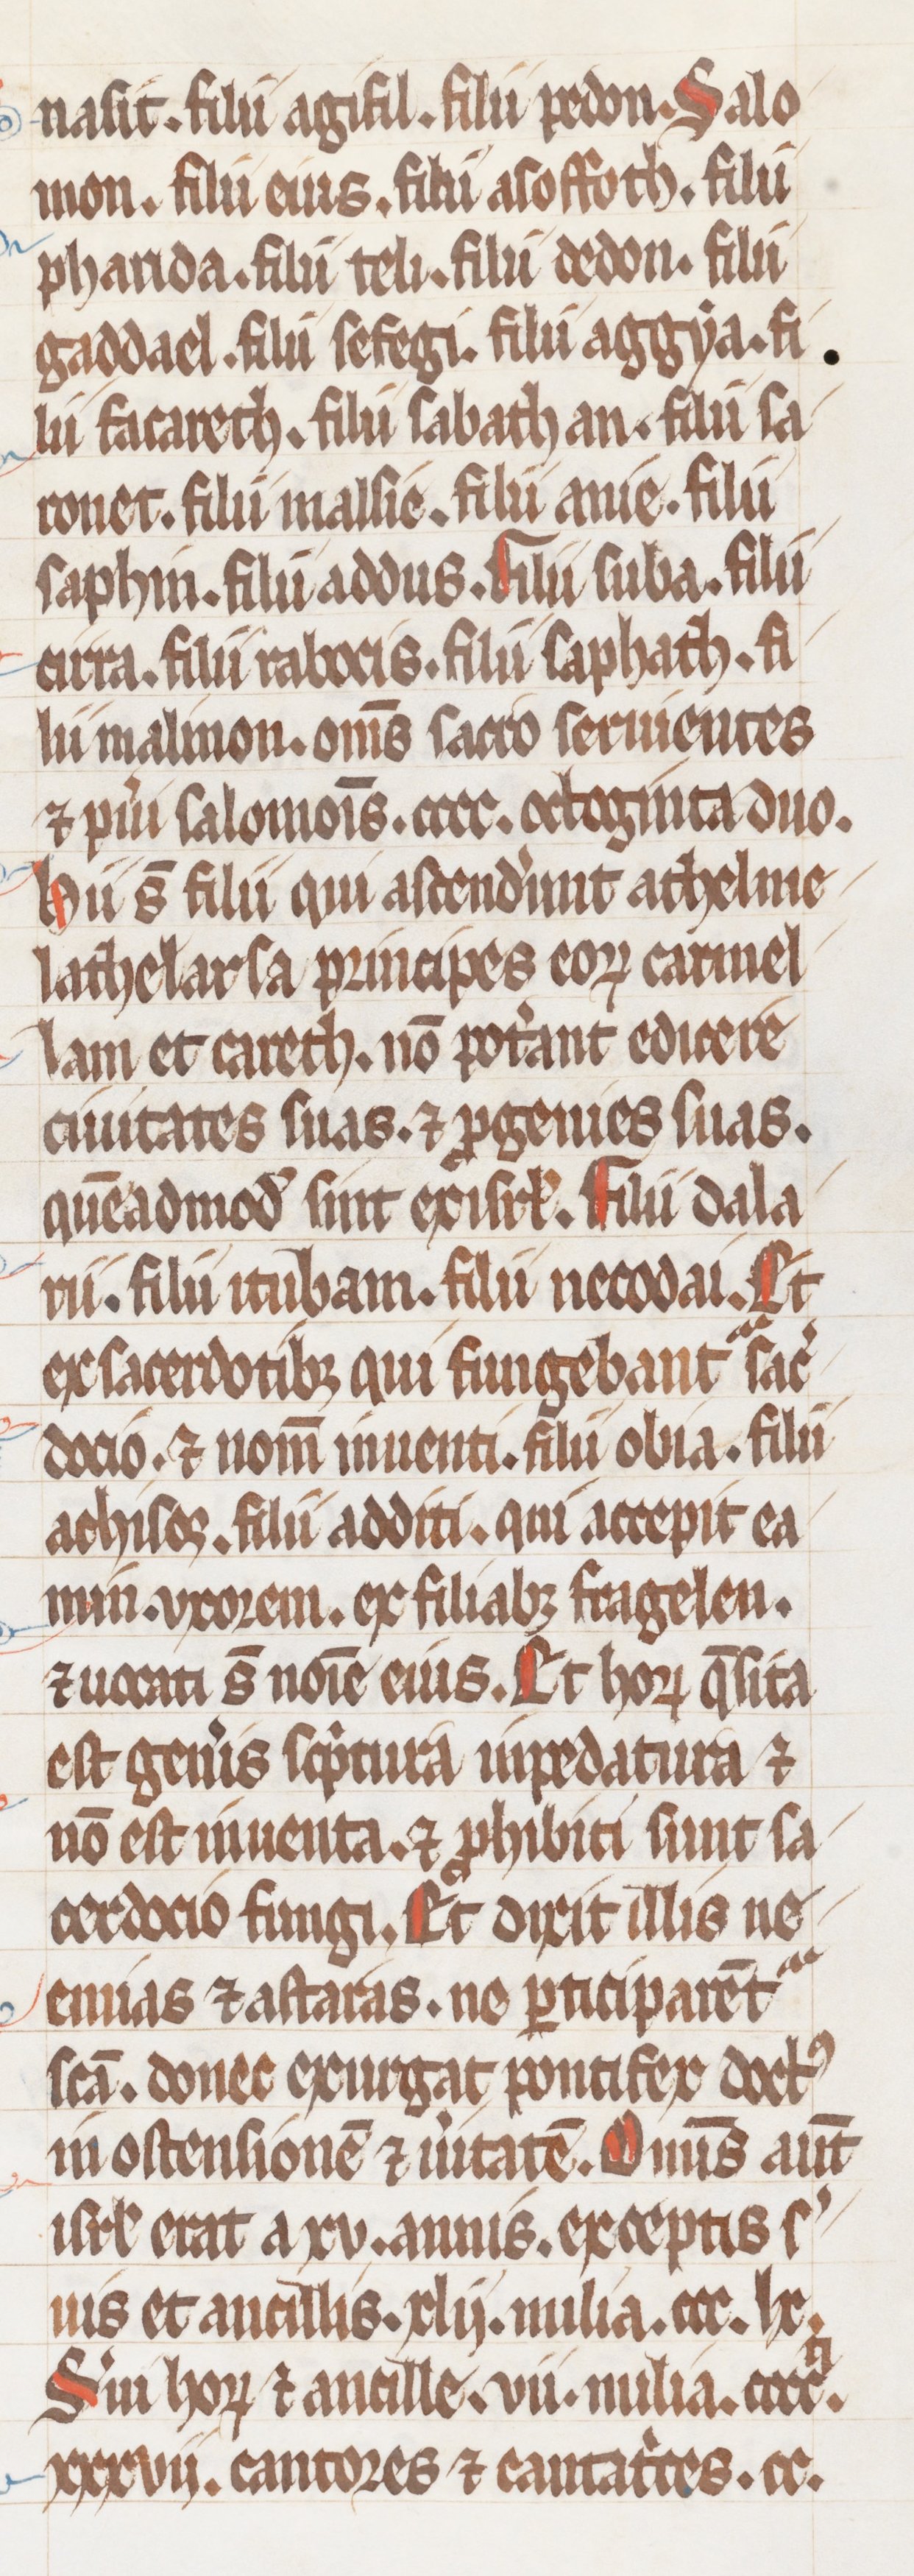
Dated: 1255–1285